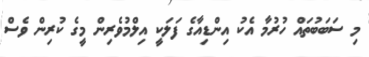
މި ސަބަބުތައް ހުރުމާ އެކު އިންޑިއާގެ ފަލަކީ އިލްމުވެރިން މީގެ ކުރިން ވެސް